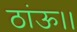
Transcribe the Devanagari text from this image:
ठांऊ।।